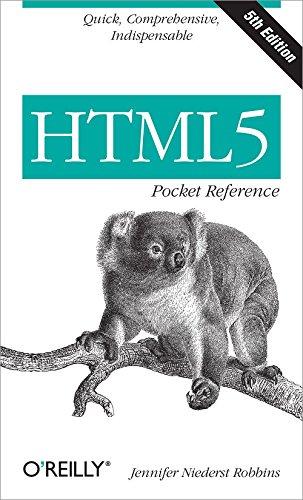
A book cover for HTML5 Pocket Reference (Pocket Reference (O'Reilly)); Jennifer Niederst Robbins; Computers & Technology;